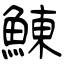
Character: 鯟